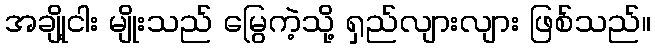
အချို့ငါး မျိုးသည် မြွေကဲ့သို့ ရှည်လျားလျား ဖြစ်သည်။